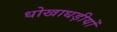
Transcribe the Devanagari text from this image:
धोखाधड़ीयों